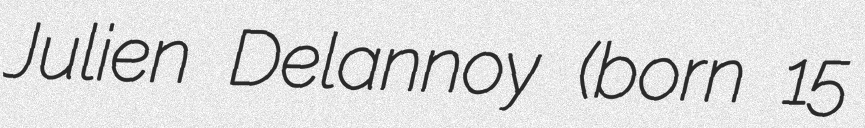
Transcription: Julien Delannoy (born 15